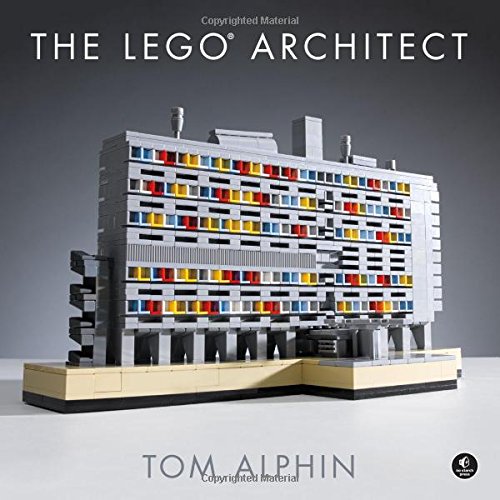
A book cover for The LEGO Architect; Tom Alphin; Crafts, Hobbies & Home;